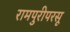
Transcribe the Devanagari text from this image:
रामपुरीपरसू